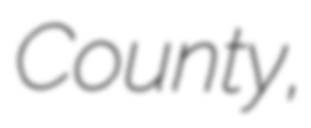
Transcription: County,